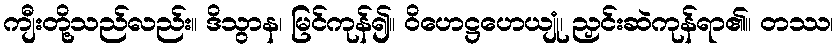
ကျီးတို့သည်လည်း။ ဒိသွာန၊ မြင်ကုန်၍။ ဝိဟေဋ္ဌဟေယျုံ၊ ညှင်းဆဲကုန်ရာ၏။ တဿ၊